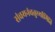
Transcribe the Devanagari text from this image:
संचयनंचतुर्थ्यामिति